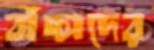
বাঁচ্চাদের